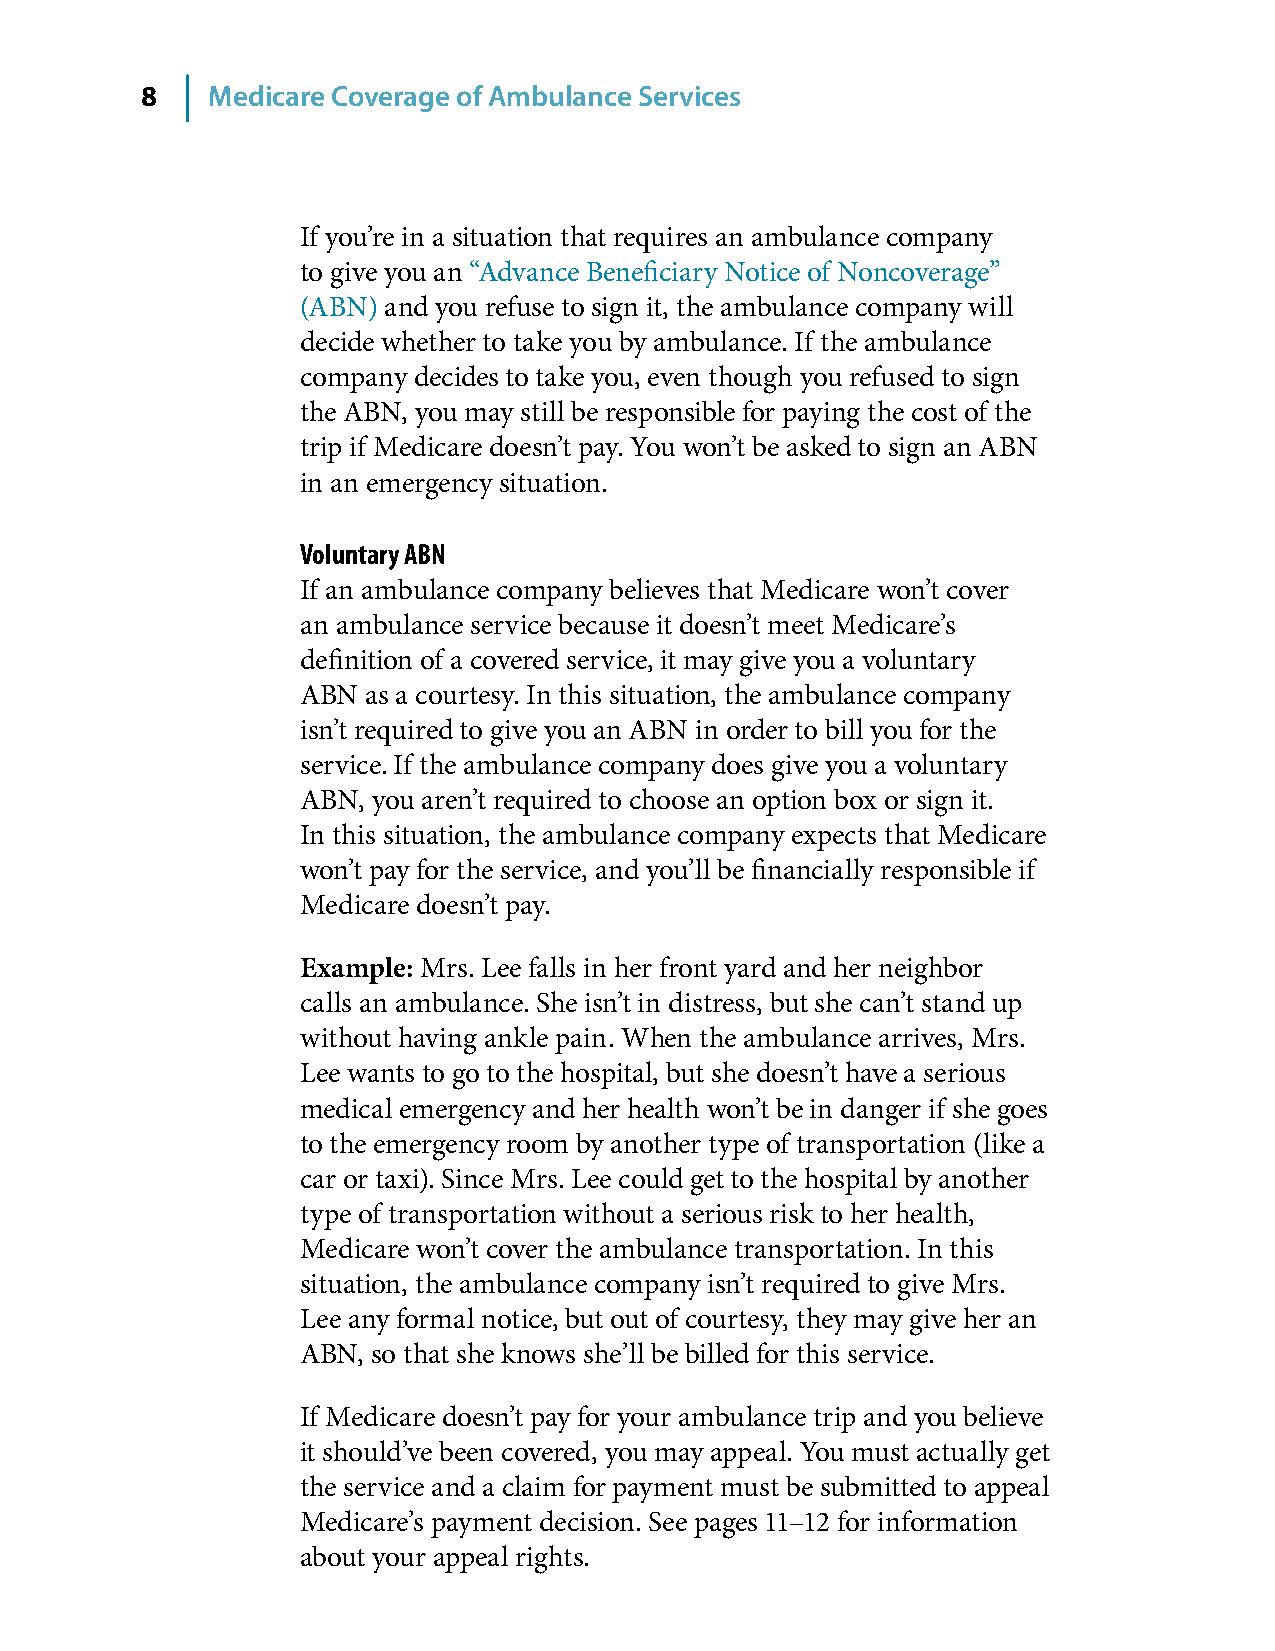
8    Medicare Coverage of Ambulance Services
 If you’re in a situation that requires an ambulance company
 to give you an “Advance Beneficiary Notice of Noncoverage”
 (ABN) and you refuse to sign it, the ambulance company will
 decide whether to take you by ambulance� If the ambulance
 company decides to take you, even though you refused to sign
 the ABN, you may still be responsible for paying the cost of the
 trip if Medicare doesn’t pay� You won’t be asked to sign an ABN
 in an emergency situation�
 Voluntary ABN
 If an ambulance company believes that Medicare won’t cover
 an ambulance service because it doesn’t meet Medicare’s
 definition of a covered service, it may give you a voluntary
 ABN as a courtesy� In this situation, the ambulance company
 isn’t required to give you an ABN in order to bill you for the
 service� If the ambulance company does give you a voluntary
 ABN, you aren’t required to choose an option box or sign it�
 In this situation, the ambulance company expects that Medicare
 won’t pay for the service, and you’ll be financially responsible if
 Medicare doesn’t pay�
 Example: Mrs� Lee falls in her front yard and her neighbor
 calls an ambulance� She isn’t in distress, but she can’t stand up
 without having ankle pain� When the ambulance arrives, Mrs�
 Lee wants to go to the hospital, but she doesn’t have a serious
 medical emergency and her health won’t be in danger if she goes
 to the emergency room by another type of transportation (like a
 car or taxi)� Since Mrs� Lee could get to the hospital by another
 type of transportation without a serious risk to her health,
 Medicare won’t cover the ambulance transportation� In this
 situation, the ambulance company isn’t required to give Mrs�
 Lee any formal notice, but out of courtesy, they may give her an
 ABN, so that she knows she’ll be billed for this service�
 If Medicare doesn’t pay for your ambulance trip and you believe
 it should’ve been covered, you may appeal� You must actually get
 the service and a claim for payment must be submitted to appeal
 Medicare’s payment decision� See pages 11–12 for information
 about your appeal rights�